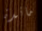
مائدة